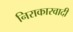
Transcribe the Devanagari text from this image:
निराकारवादी